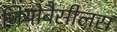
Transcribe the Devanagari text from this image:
जियोबैसीलस